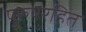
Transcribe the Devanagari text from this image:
पुरुषरहित